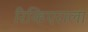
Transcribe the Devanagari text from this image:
रिव्हिएराला